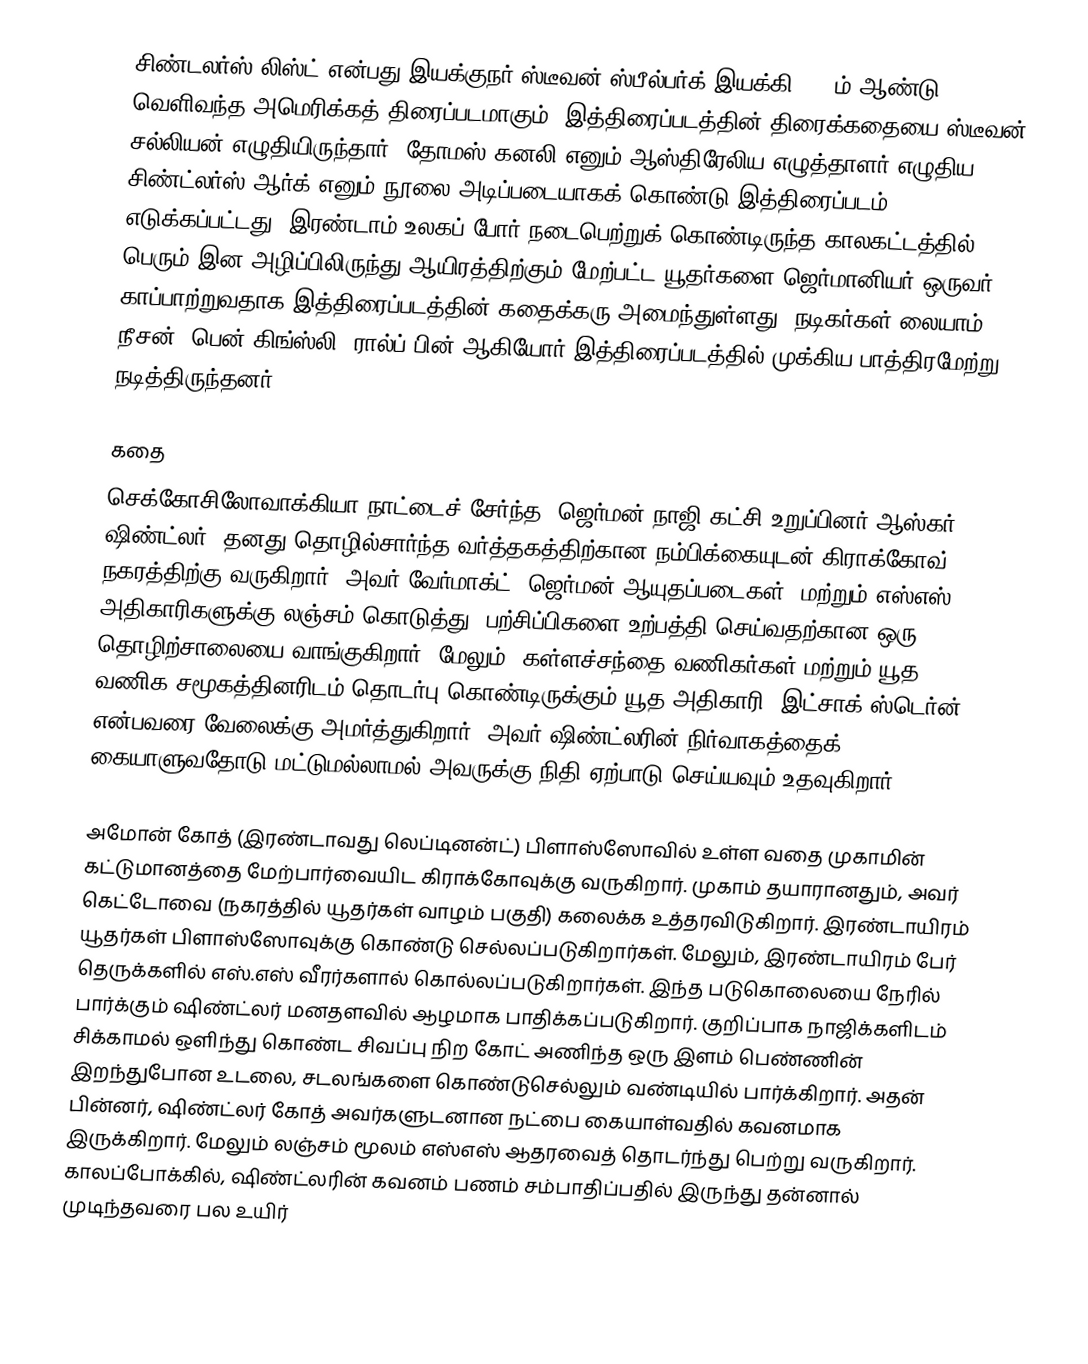
சிண்டலர்ஸ் லிஸ்ட் என்பது இயக்குநர் ஸ்டீவன் ஸ்பீல்பர்க் இயக்கி 1993ம் ஆண்டு வெளிவந்த அமெரிக்கத் திரைப்படமாகும். இத்திரைப்படத்தின் திரைக்கதையை ஸ்டீவன் சல்லியன் எழுதியிருந்தார். தோமஸ் கனலி எனும் ஆஸ்திரேலிய எழுத்தாளர் எழுதிய சிண்ட்லர்ஸ் ஆர்க்  எனும் நூலை அடிப்படையாகக் கொண்டு இத்திரைப்படம் எடுக்கப்பட்டது. இரண்டாம் உலகப் போர் நடைபெற்றுக் கொண்டிருந்த காலகட்டத்தில் பெரும் இன அழிப்பிலிருந்து ஆயிரத்திற்கும் மேற்பட்ட யூதர்களை ஜெர்மானியர் ஒருவர் காப்பாற்றுவதாக இத்திரைப்படத்தின் கதைக்கரு அமைந்துள்ளது. நடிகர்கள் லையாம் நீசன், பென் கிங்ஸ்லி, ரால்ப் பின் ஆகியோர் இத்திரைப்படத்தில் முக்கிய பாத்திரமேற்று நடித்திருந்தனர்.

கதை
செக்கோசிலோவாக்கியா நாட்டைச் சேர்ந்த, ஜெர்மன் நாஜி கட்சி உறுப்பினர் ஆஸ்கர் ஷிண்ட்லர், தனது தொழில்சார்ந்த வர்த்தகத்திற்கான  நம்பிக்கையுடன் கிராக்கோவ் நகரத்திற்கு வருகிறார். அவர் வேர்மாக்ட் (ஜெர்மன் ஆயுதப்படைகள்) மற்றும் எஸ்எஸ் அதிகாரிகளுக்கு லஞ்சம் கொடுத்து, பற்சிப்பிகளை உற்பத்தி செய்வதற்கான ஒரு தொழிற்சாலையை வாங்குகிறார். மேலும், கள்ளச்சந்தை வணிகர்கள் மற்றும் யூத வணிக சமூகத்தினரிடம் தொடர்பு கொண்டிருக்கும் யூத அதிகாரி ‘இட்சாக் ஸ்டெர்ன்’ என்பவரை வேலைக்கு அமர்த்துகிறார். அவர் ஷிண்ட்லரின் நிர்வாகத்தைக் கையாளுவதோடு மட்டுமல்லாமல் அவருக்கு நிதி ஏற்பாடு செய்யவும் உதவுகிறார்.

அமோன் கோத் (இரண்டாவது லெப்டினன்ட்) பிளாஸ்ஸோவில் உள்ள வதை முகாமின் கட்டுமானத்தை மேற்பார்வையிட கிராக்கோவுக்கு வருகிறார். முகாம் தயாரானதும், அவர் கெட்டோவை (நகரத்தில் யூதர்கள் வாழம் பகுதி) கலைக்க உத்தரவிடுகிறார். இரண்டாயிரம் யூதர்கள் பிளாஸ்ஸோவுக்கு கொண்டு செல்லப்படுகிறார்கள். மேலும், இரண்டாயிரம் பேர் தெருக்களில் எஸ்.எஸ் வீரர்களால் கொல்லப்படுகிறார்கள். இந்த படுகொலையை நேரில் பார்க்கும் ஷிண்ட்லர் மனதளவில் ஆழமாக பாதிக்கப்படுகிறார். குறிப்பாக நாஜிக்களிடம் சிக்காமல் ஒளிந்து கொண்ட சிவப்பு நிற கோட் அணிந்த ஒரு இளம் பெண்ணின் இறந்துபோன உடலை, சடலங்களை கொண்டுசெல்லும் வண்டியில் பார்க்கிறார். அதன் பின்னர், ஷிண்ட்லர் கோத் அவர்களுடனான நட்பை கையாள்வதில் கவனமாக இருக்கிறார். மேலும் லஞ்சம் மூலம் எஸ்எஸ் ஆதரவைத் தொடர்ந்து பெற்று வருகிறார். காலப்போக்கில், ஷிண்ட்லரின் கவனம் பணம் சம்பாதிப்பதில் இருந்து தன்னால் முடிந்தவரை பல உயிர்